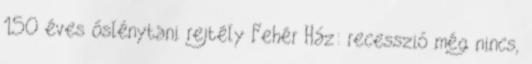
150 éves őslénytani rejtély Fehér Ház: recesszió még nincs,